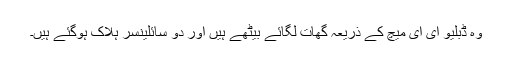
وہ ڈبلیو ای ای میچ کے ذریعہ گھات لگائے بیٹھے ہیں اور دو سائلینسر ہلاک ہوگئے ہیں۔